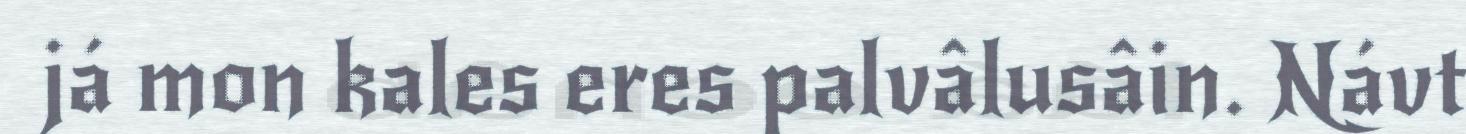
já mon kales eres palvâlusâin. Návt